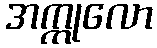
အက္ကုလော